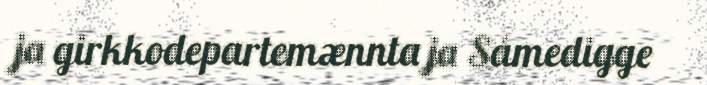
ja girkkodepartemænnta ja Sámedigge